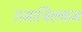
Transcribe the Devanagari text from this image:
रामाथिलकम